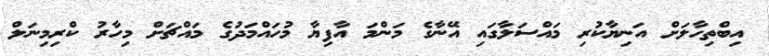
އިބްތިހާލަށް އަނިޔާކުރި މައްސަލާގައި އޭނާގެ މަންމަ އާފިޔާ މުހައްމަދުގެ މައްޗަށް މިހާރު ކްރިމިނަލް